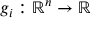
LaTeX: g _ { i } : \, \! \mathbb { R } ^ { n } \rightarrow \mathbb { R }